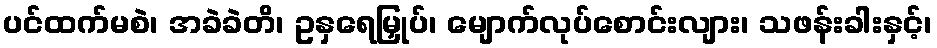
ပင်ထက်မစဲ၊ အခဲခဲတိ၊ ဥနှရေမြှုပ်၊ မျောက်လုပ်စောင်းလျား၊ သဖန်းခါးနှင့်၊